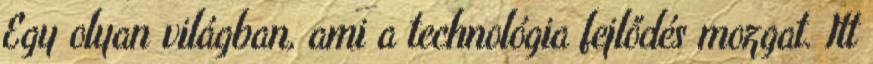
Egy olyan világban, ami a technológia fejlődés mozgat. Itt